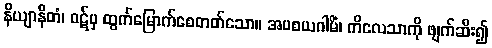
နိယျာနိတံ၊ ဝဋ်မှ ထွက်မြောက်စေတတ်သော။ အပစယဂါမိံ၊ ကိလေသာကို ဖျက်ဆီး၍